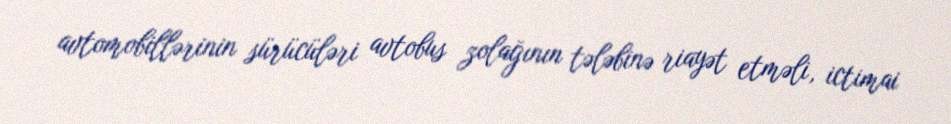
avtomobillərinin sürücüləri avtobus zolağının tələbinə riayət etməli, ictimai